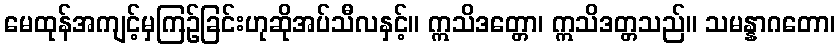
မေထုန်အကျင့်မှကြဉ်ခြင်းဟုဆိုအပ်သီလနှင့်။ ဣသိဒတ္တော၊ ဣသိဒတ္တသည်။ သမန္နာဂတော၊